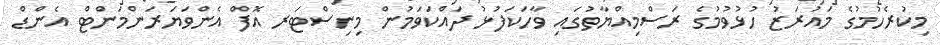
މިކުރެހުމުގެ މައުރަޒު ހުޅުވުމުގެ ރަސްމިއްޔާތުގައި ވާހަކަފުޅު ދައްކަވަމުން މިނިސްޓަރ އޮފް އެންވަޔަރަންމަންޓް އެންޑް